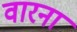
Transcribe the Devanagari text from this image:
वारना